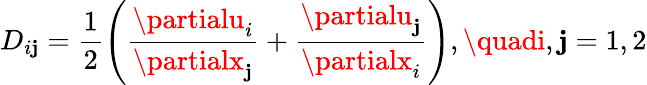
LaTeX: {D}_{i\mathbf{j}}=\frac{{1}}{{2}}\left(\frac{{\partialu_{i}}}{{\partialx_{\mathbf{j}}}}+\frac{{\partialu_{\mathbf{j}}}}{{\partialx_{i}}}\right),\quadi,\mathbf{j}=1,2